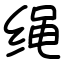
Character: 绳